Annual report of the Imperial Bacteriologist
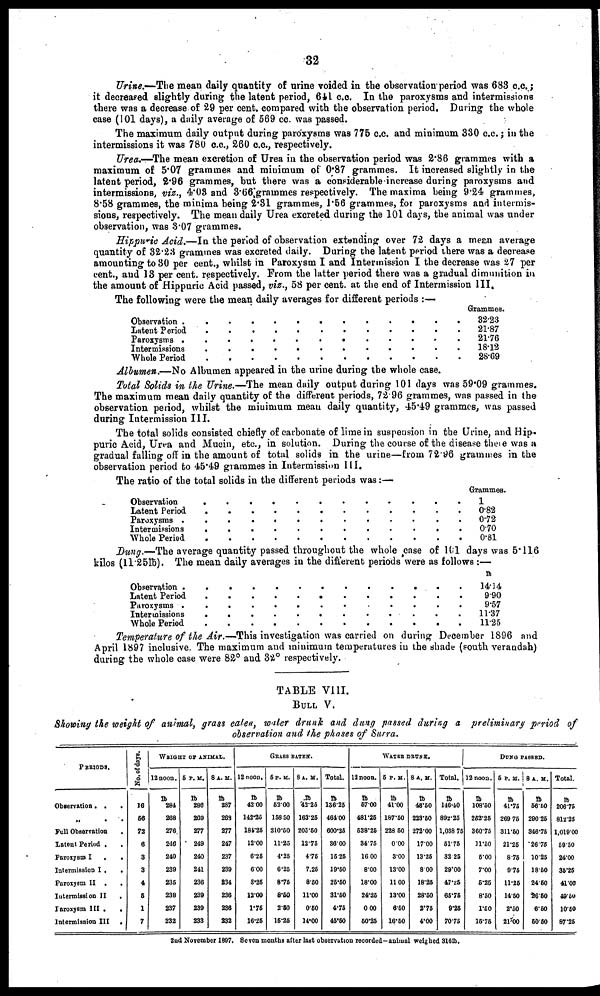
32
Urine.—The mean daily quantity of urine voided in the observation period was 683 c.c.;
it decreased slightly during the latent period, 641 c.c. In the paroxysms and intermissions
there was a decrease of 29 per cent. compared with the observation period. During the whole
case (101 days), a daily average of 569 cc. was passed.
The maximum daily output during paroxysms was 775 c.c. and minimum 330 c.c.; in the
intermissions it was 780 c.c., 260 c.c., respectively.
Urea.—The mean excretion of Urea in the observation period was 2.86 grammes with a
maximum of 5.07 grammes and minimum of 0.87 grammes. It increased slightly in the
latent period, 2.96 grammes, but there was a considerable increase during paroxysms and
intermissions, viz., 4.03 and 3.66 grammes respectively. The maxima being 9.24 grammes,
8.58 grammes, the minima being 2.31 grammes, 1.56 grammes, for paroxysms and intermis-
sions, respectively. The mean daily Urea excreted during the 101 days, the animal was under
observation, was 3.07 grammes.
Hippuric Acid.—In the period of observation extending over 72 days a mean average
quantity of 32.23 grammes was excreted daily. During the latent period there was a decrease
amounting to 30 per cent., whilst in Paroxysm I and Intermission I the decrease was 27 per
cent., and 13 per cent. respectively. From the latter period there was a gradual dimunition in
the amount of Hippuric Acid passed, viz., 58 per cent. at the end of Intermission III.
The following were the mean daily averages for different periods :—
Observation.
Latent Period.
Paroxysms.
Intermissions.
Whole Period.
.
.
.
.
.
.
.
.
.
.
.
.
.
.
.
.
.
.
.
.
.
.
.
.
.
.
.
.
.
.
.
.
.
.
.
.
.
.
.
.
.
.
.
.
.
.
.
.
.
.
.
.
.
.
.
Grammes.
32.23
21.87
21.76
18.12
28.69
Albumen.—No Albumen appeared in the urine during the whole case.
Total Solids in the Urine.—The mean daily output during 101 days was 59.09 grammes.
The maximum mean daily quantity of the different periods, 72.96 grammes, was passed in the
observation period, whilst the minimum mean daily quantity, 45.49 grammes, was passed
during Intermission III.
The total solids consisted chiefly of carbonate of lime in suspension in the Urine, and Hip-
puric Acid, Urea and Mucin, etc., in solution. During the course of the disease there was a
gradual falling off in the amount of total solids in the urine—from 72.96 grammes in the
observation period to 45.49 grammes in Intermission III.
The ratio of the total solids in the different periods was:—
Observation
Latent Period
Paroxysms.
Intermissions
Whole Period
.
.
.
.
.
.
.
.
.
.
.
.
.
.
.
.
.
.
.
.
.
.
.
.
.
.
.
.
.
.
.
.
.
.
.
.
.
.
.
.
.
.
.
.
.
.
.
.
.
.
.
.
.
.
.
.
.
.
.
.
Grammes.
1
0.82
0.72
0.70
0.81
Dung.—The average quantity passed throughout the whole case of 101 days was 5.116
kilos (11.25lb). The mean daily averages in the different periods were as follows :—
Observation .
Latent Period
Paroxysms .
Intermissions
Whole Period
.
.
.
.
.
.
.
.
.
.
.
.
.
.
.
.
.
.
.
.
.
.
.
.
.
.
.
.
.
.
.
.
.
.
.
.
.
.
.
.
.
.
.
.
.
.
.
.
.
.
.
.
.
.
.
.
.
.
.
.
lb
14.14
9.90
9.57
11.37
11.25
Temperature of the Air.—This investigation was carried on during December 1896 and
April 1897 inclusive. The maximum and minimum temperatures in the shade (south verandah)
during the whole case were 82° and 32° respectively.
TABLE VIII.
BULL V.
Showing the weight of animal, grass eaten, water drunk and dung passed during a preliminary period of
observation and the phases of Surra.
PERIODS.
Observation. .
.
„ . .
Full Observation
.
Latent Period .
Paroxysm I
.
.
Intermission I .
.
Paroxysm II . .
Intermission II
.
Paroxysm III .
.
Intermission III
.
No. of days.
16
56
72
6
3
3
4
5
1
7
WEIGHT OF ANIMAL.
12 noon.
lb
284
268
276
246
240
239
235
238
237
232
5 P.M.
lb
286
269
277
249
240
241
236
239
239
233
8 A.M.
lb
287
268
277
247
237
239
234
236
236
232
12 noon.
lb
42.00
142.25
184.25
12.00
6.25
6.00
3.25
12.00
1.75
16.25
GRASS EATEN.
5 P.M.
lb
52.00
158.50
210.50
11.25
4.25
6.25
8.75
8.50
2.50
15.25
8 A.M.
lb
42.25
163.25
205.50
12.75
4.75
7.25
8.50
11.00
0.50
14.00
Total.
lb
136.25
464.00
600.25
36.00
15.25
19.50
25.50
31.50
4.75
45.50
12 noon.
lb
57.00
481.25
538.25
34.75
16.00
8.00
18.00
24.25
0.00
50.25
WATER DRUNK.
5 P.M.
lb
41.00
187.50
228.50
0.00
3.00
13.00
11.00
13.00
6.50
16.50
8 A.M.
lb
48.50
223.50
272.00
17.00
13.25
8.00
18.25
28.50
2.75
4.00
Total.
lb
146.50
892.25
1,038.75
51.75
32.25
29.00
47.25
65.75
9.25
70.75
12 noon.
lb
108.50
252.25
360.75
11.50
5.00
7.00
5.25
8.50
1.50
15.75
DUNG PASSED.
5 P. M.
lb
41.75
269.75
311.50
21.25
8.75
9.75
11.25
14.50
2.50
21.00
8 A.M.
lb
56.50
290.25
346.75
26.75
10.25
18.50
24.50
26.50
6.50
50.50
Total.
lb
206.75
812.25
1,019.00
59.50
24.00
35.25
41.00
49.50
10.50
87.25
2nd November 1897. Seven months after last observation recorded- animal weighed 316lb.